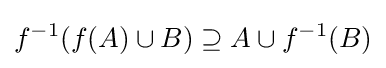
f^{-1}(f(A)\cup B)\supseteq A\cup f^{-1}(B)